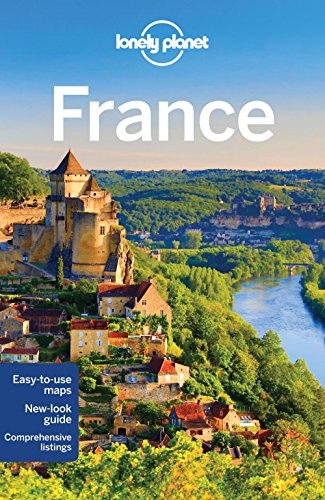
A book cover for Lonely Planet France (Travel Guide); Lonely Planet; Travel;